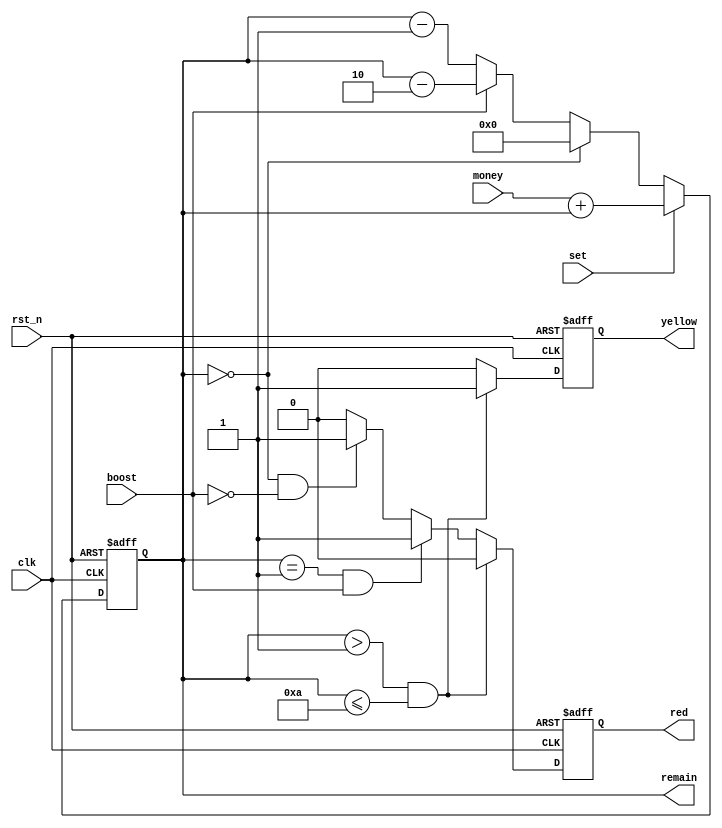
`timescale 1ns/1ns

module game_count
    (
		input rst_n, //
        input clk, 	//
        input [9:0]money,
        input set,
		input boost,
        
		output reg[9:0]remain,
		output reg yellow,
		output reg red
    );
    
    always @(posedge clk or negedge rst_n)begin
          if(~rst_n)begin
            remain <= 9'b0;
          end
          else begin
            if(set == 1)begin
                remain <= money+remain;
            end
            else begin
                if(remain == 0)
                    remain <= 0;
                else if(boost == 0 )
                    remain <= remain - 1;
                else if(boost == 1 )
                    remain <= remain -2;
            end
         end
    end


    always @(posedge clk or negedge rst_n)begin
         if(~rst_n)begin
            yellow <= 0;
            red <= 0;
        end
        else begin 
            
            if(remain >1 &&remain <=10  )begin 
                 yellow <= 1;
                 red <=0;
            end
            else if(remain==1 &&boost == 1)begin 
                red <=1;
                yellow <= 0;
             end
            else if(remain==0 && boost == 0)begin 
                 yellow <= 0;
                 red <=1;
            end
            else begin
                yellow <= 0;
                red <= 0;
            end
    
           
        end
    end
    
            
    
    
    
endmodule